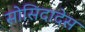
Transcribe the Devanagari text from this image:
सोसिदादेस